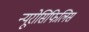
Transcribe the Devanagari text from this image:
न्यूरोसिफिलिस